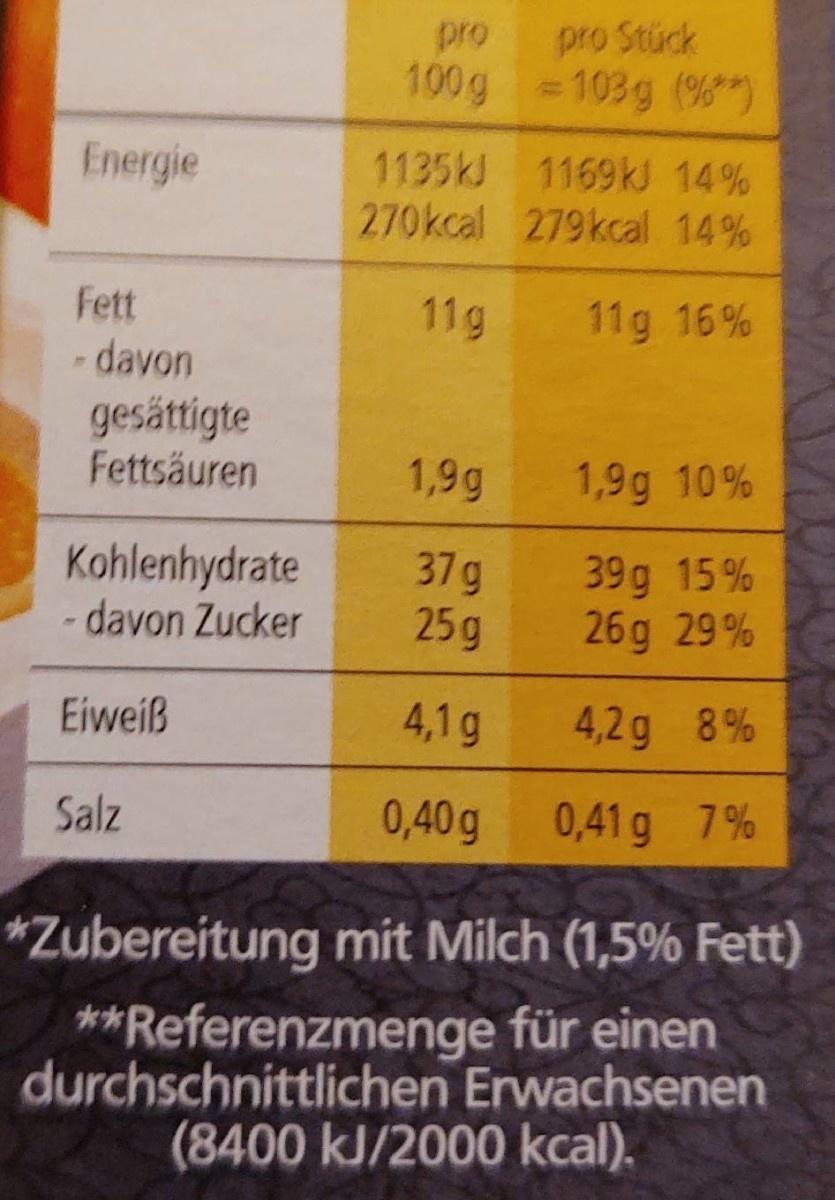
pro
pro Stück
100g =103g (%)
Energie
1135KJ 1169k 14% 270kcal 279kcal 14%
Fett
11g
11g 16%
- davon gesättigte Fettsäuren
1,9g
1,9g 10%
Kohlenhydrate - davon Zucker
37g 25g
39g 15% 26g 29 %
Eiweiß
4,1g
4,2g 8%
Salz
0,40 g
0,41 g 7%
*Zubereitung mit Milch (1,5% Fett)
**Referenzmenge für einen durchschnittlichen Erwachsenen (8400 kJ/2000 kcal).